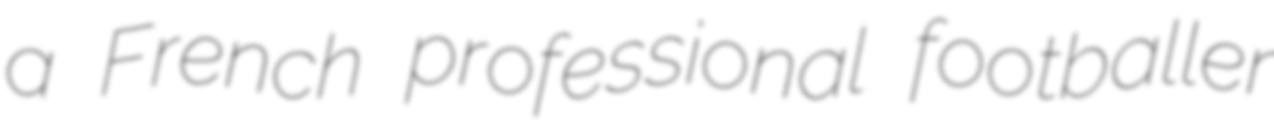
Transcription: a French professional footballer